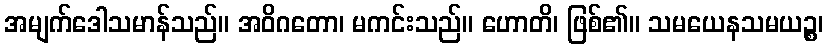
အမျက်ဒေါသမာန်သည်။ အဝိဂတော၊ မကင်းသည်။ ဟောတိ၊ ဖြစ်၏။ သမယေနသမယဉ္စ၊